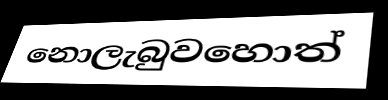
නොලැබුවහොත්